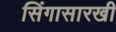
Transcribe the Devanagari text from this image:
सिंगासारखी